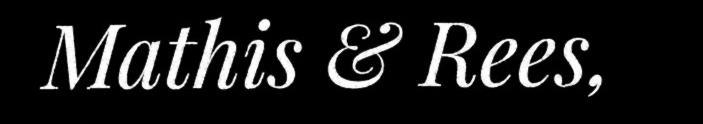
Mathis & Rees,